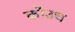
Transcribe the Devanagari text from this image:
कौउच